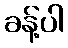
ခန့်ပါ